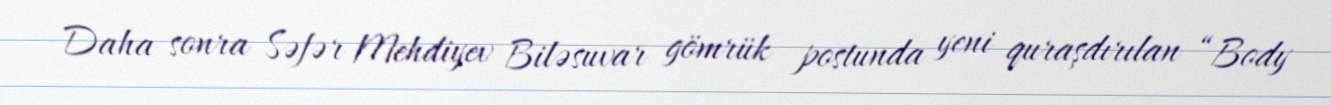
Daha sonra Səfər Mehdiyev Biləsuvar gömrük postunda yeni quraşdırılan “Body